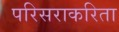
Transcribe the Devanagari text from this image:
परिसराकरिता